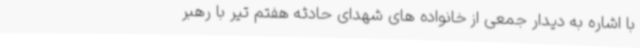
با اشاره به دیدار جمعی از خانواده های شهدای حادثه هفتم تیر با رهبر